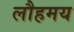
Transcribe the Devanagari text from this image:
लौहमय